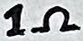
Text: 1Ω